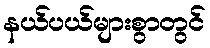
နယ်ပယ်များစွာတွင်